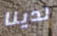
لدينا